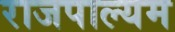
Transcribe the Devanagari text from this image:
राजपाल्यम